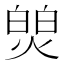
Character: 𬊻